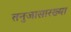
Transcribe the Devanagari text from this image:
तनुजासारख्या